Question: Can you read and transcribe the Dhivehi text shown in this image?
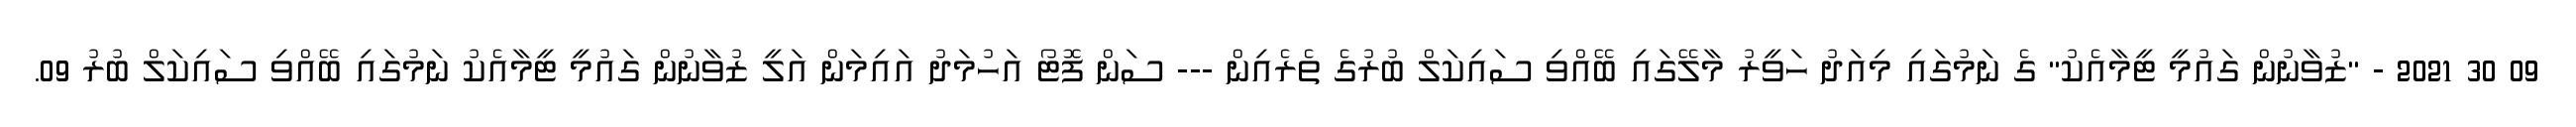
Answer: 09 30 2021 - "ޒުވާނުން ގައުމީ ޓީމާއެކު" ގެ ނަމުގައި މިއަދު ހަވީރު މާލޭގައި ބޭއްވި ސައިކަލް ބުރުގެ ތެރެއިން --- ސަން ފޮޓޯ އަހުމަދު އައިމަން އަލީ ޒުވާނުން ގައުމީ ޓީމާއެކު ނަމުގައި ބޭއްވި ސައިކަލް ބުރު 09.